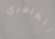
تتظاهري